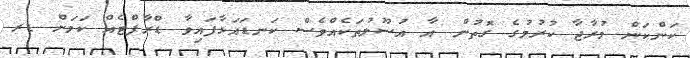
ކަންކަން މުރާޖާ ކުރުމުގެ ގޮތުން އާ އުސޫލުތަކެއްވެސް ކަނޑައަޅާފައިވާ ޑްރާފްޓެއް ކަމަށް ޑރ